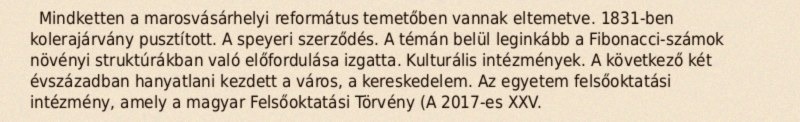
Mindketten a marosvásárhelyi református temetőben vannak eltemetve. 1831-ben kolerajárvány pusztított. A speyeri szerződés. A témán belül leginkább a Fibonacci-számok növényi struktúrákban való előfordulása izgatta. Kulturális intézmények. A következő két évszázadban hanyatlani kezdett a város, a kereskedelem. Az egyetem felsőoktatási intézmény, amely a magyar Felsőoktatási Törvény (A 2017-es XXV.